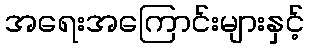
အရေးအကြောင်းများနှင့်